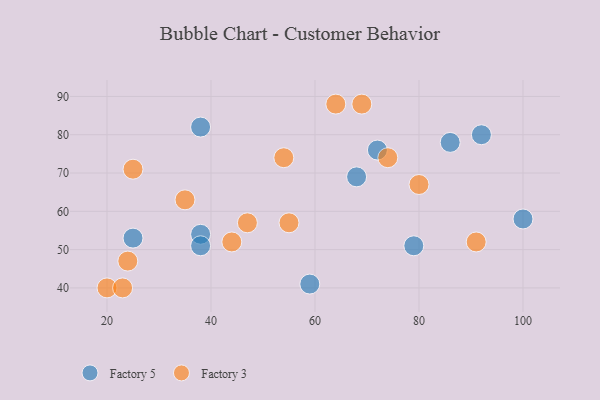
{"axis": {"x": "GDP", "y": "Life Expectancy"}, "legend": ["Factory 3", "Factory 5"], "data": [{"x": "68", "y": 69, "type": "Factory 5"}, {"x": "38", "y": 82, "type": "Factory 5"}, {"x": "38", "y": 54, "type": "Factory 5"}, {"x": "86", "y": 78, "type": "Factory 5"}, {"x": "79", "y": 51, "type": "Factory 5"}, {"x": "72", "y": 76, "type": "Factory 5"}, {"x": "38", "y": 51, "type": "Factory 5"}, {"x": "100", "y": 58, "type": "Factory 5"}, {"x": "59", "y": 41, "type": "Factory 5"}, {"x": "25", "y": 53, "type": "Factory 5"}, {"x": "92", "y": 80, "type": "Factory 5"}, {"x": "20", "y": 40, "type": "Factory 3"}, {"x": "64", "y": 88, "type": "Factory 3"}, {"x": "69", "y": 88, "type": "Factory 3"}, {"x": "25", "y": 71, "type": "Factory 3"}, {"x": "23", "y": 40, "type": "Factory 3"}, {"x": "80", "y": 67, "type": "Factory 3"}, {"x": "74", "y": 74, "type": "Factory 3"}, {"x": "54", "y": 74, "type": "Factory 3"}, {"x": "24", "y": 47, "type": "Factory 3"}, {"x": "47", "y": 57, "type": "Factory 3"}, {"x": "91", "y": 52, "type": "Factory 3"}, {"x": "55", "y": 57, "type": "Factory 3"}, {"x": "35", "y": 63, "type": "Factory 3"}, {"x": "44", "y": 52, "type": "Factory 3"}]}